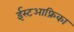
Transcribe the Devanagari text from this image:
ईस्टआफ्रिका